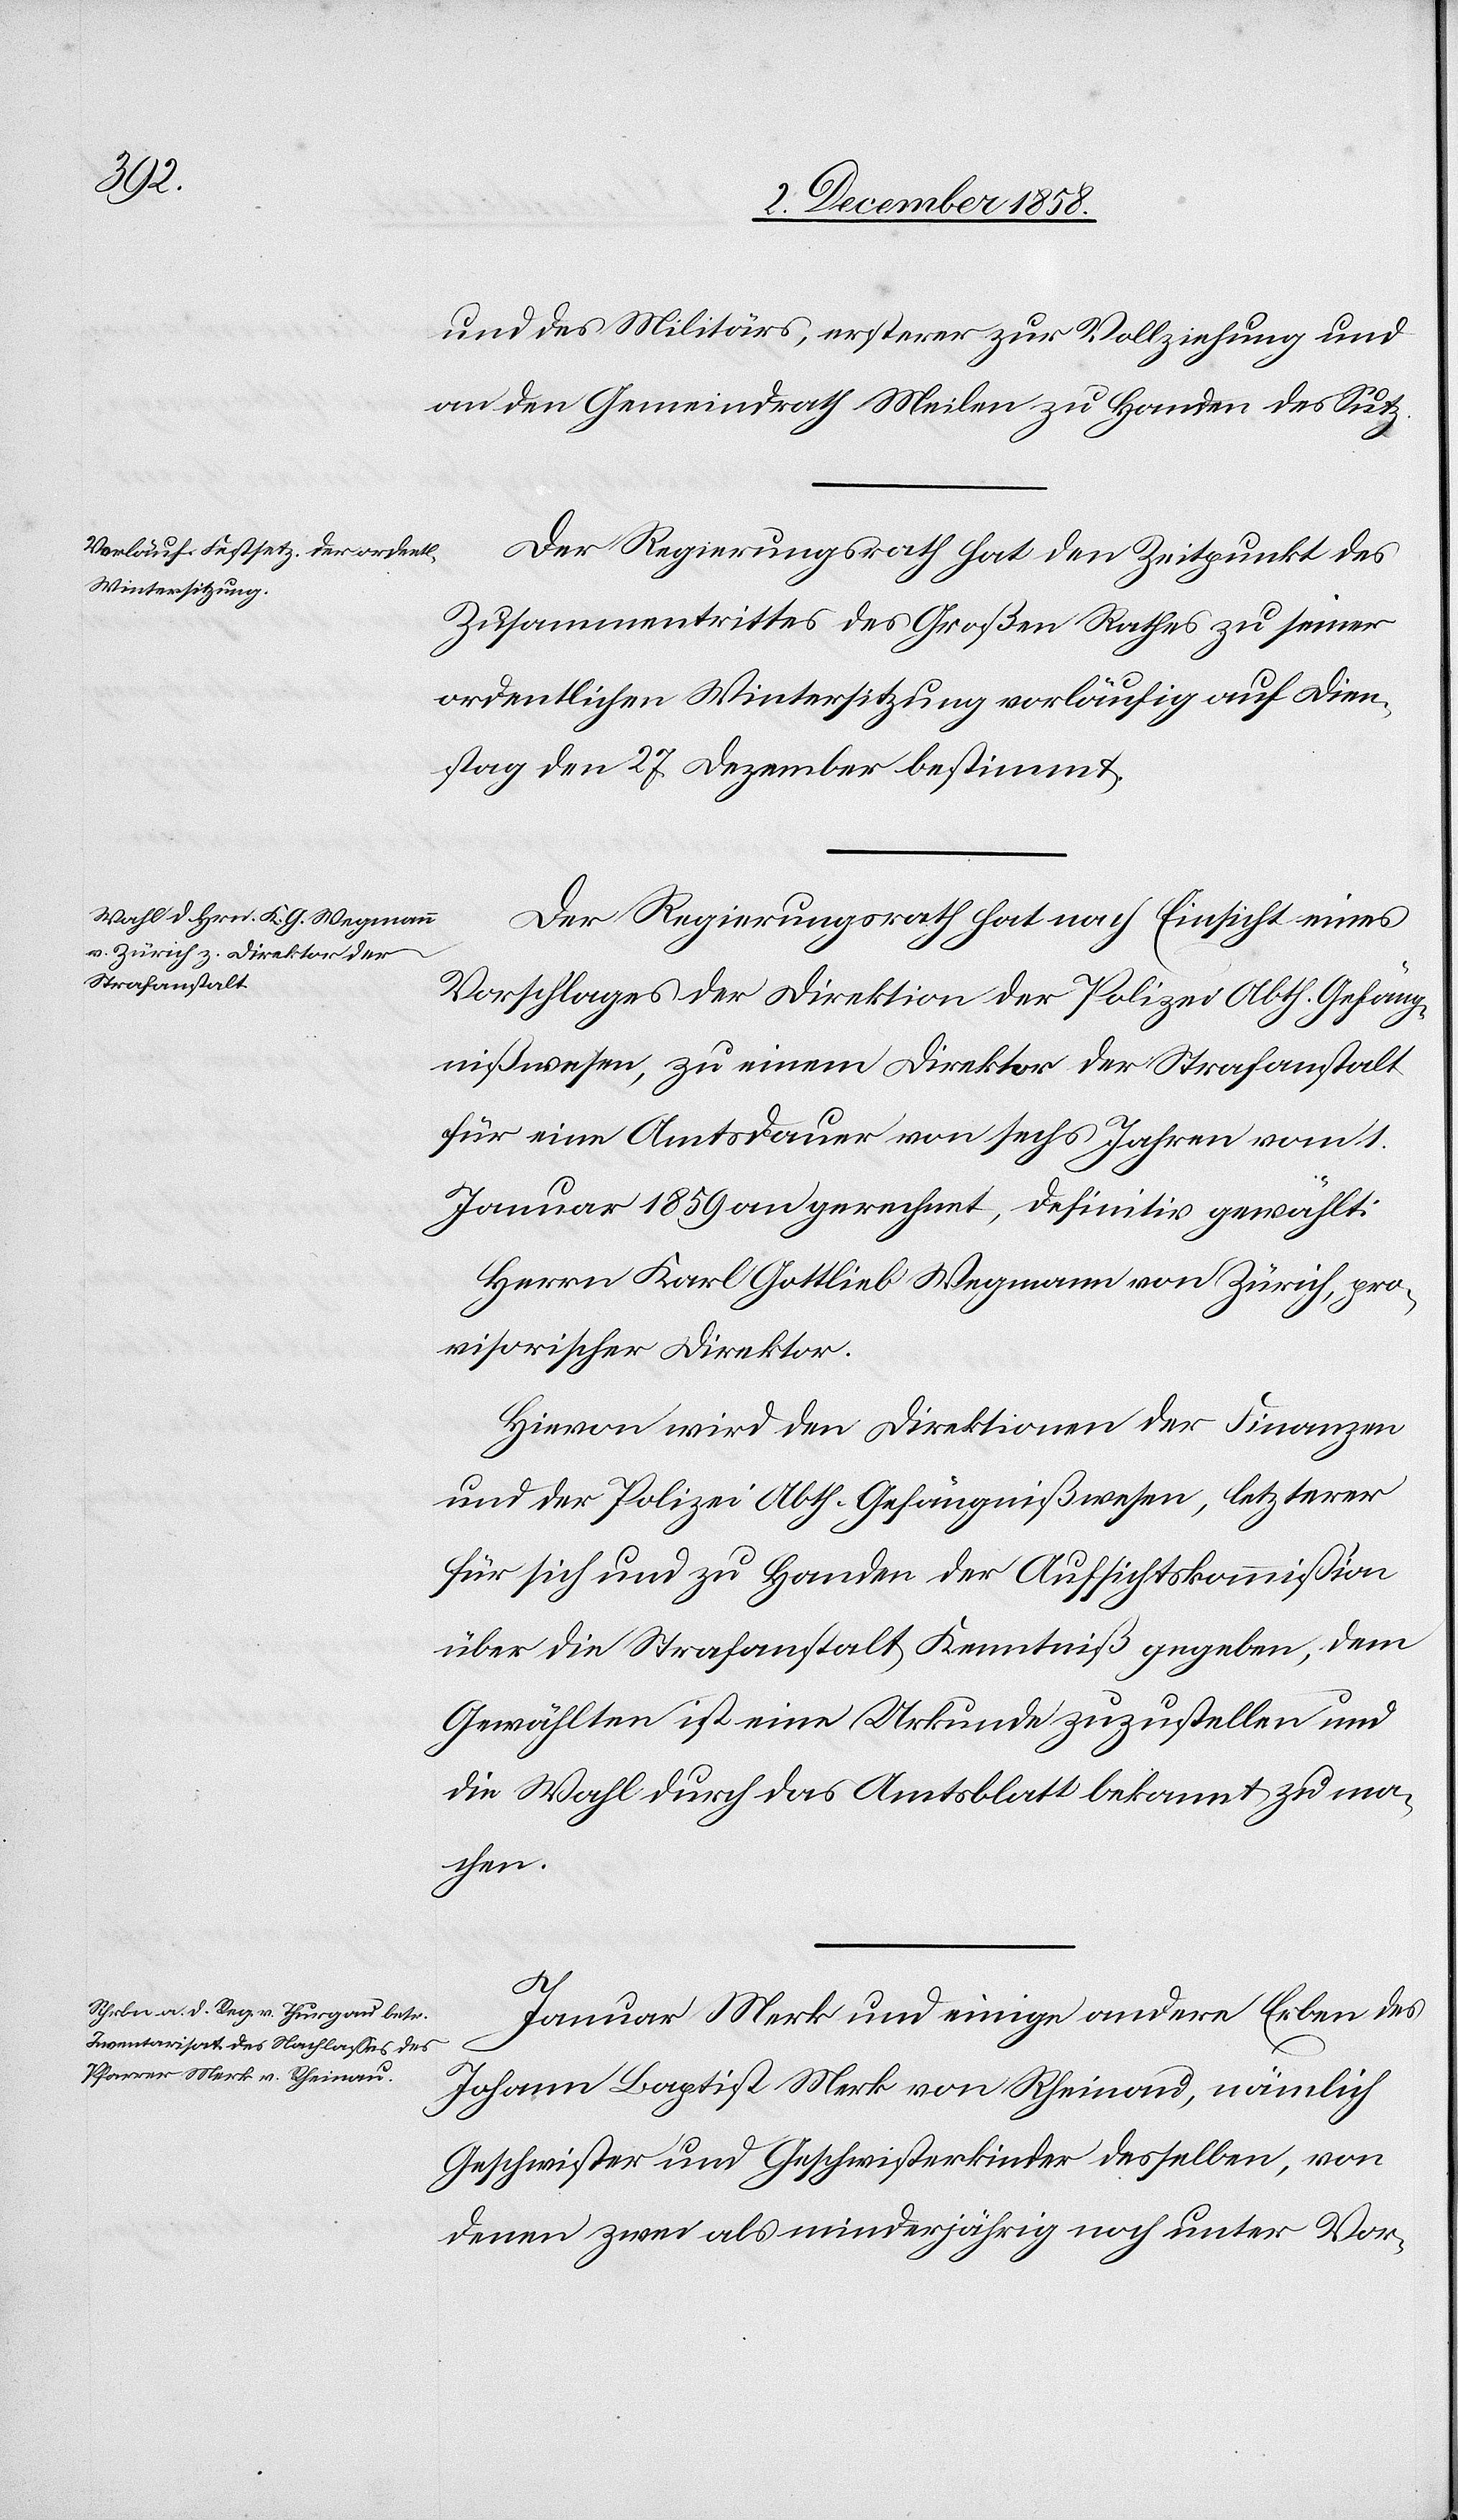
und des Militärs, ersterer zur Vollziehung und
an den Gemeindrath Meilen zu Handen des Sut¬
Der Regierungsrath hat den Zeitpunkt des
Zusammentrittes des Großen Rathes zu seiner
ordentlichen Wintersitzung vorläufig auf Dien¬
stag den 27. Dezember bestimmt.
Der Regierungsrath hat nach Einsicht eines
Vorschlages der Direktion der Polizei Abth. Gefäng¬
nißwesen, zu einem Direktor der Strafanstalt
für eine Amtsdauer von sechs Jahren vom 1.
Januar 1859 an gerechnet, definitiv gewählt:
Herrn Karl Gottlieb Wegmann von Zürich, pro¬
visorischer Direktor.
Hievon wird den Direktionen der Finanzen
und der Polizei Abth. Gefängnißwesen, letzterer
für sich und zu Handen der Aufsichtskommission
über die Strafanstalt Kenntniß gegeben, dem
Gewählten ist eine Urkunde zuzustellen und
die Wahl durch das Amtsblatt bekannt zu ma¬
chen.
z.
Januar Merk und einige andere Erben des
Johann Baptist Merk von Rheinau, nämlich
Geschwister und Geschwisterkinder desselben, von
denen zwei als minderjährig noch unter Vor-